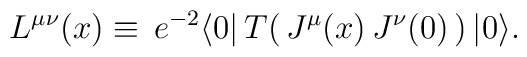
L^{\mu\nu}(x) \equiv \, e^{-2} \langle 0|\, T(\, J^{\mu}(x)\,J^{\nu}(0)\, )\, |0\rangle .